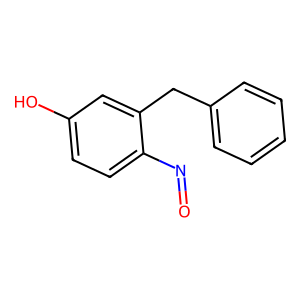
SMILES: O=Nc1ccc(O)cc1Cc1ccccc1
Inhibits HIV replication: No